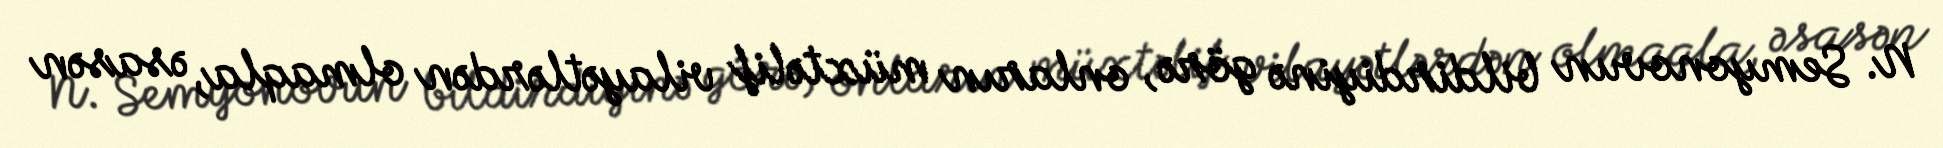
N. Semyonovun bildirdiyinə görə, onların müxtəlif vilayətlərdən olmaqla, əsasən